system: You are a helpful assistant.
user:
Analyze the provided spectrum to determine if it is a **"Cataclysmic Variables (CV)"**.

- **Key Indicators for CV (Check for either state):**
    - **State 1: Quiescent / Low-State (Emission-Dominated)**
        - **(Primary):** Strong and *very broad* Hydrogen Balmer emission lines (e.g., $H\alpha$ at 6563 Å, $H\beta$ at 4861 Å). The 'broadness' (high velocity dispersion, often FWHM > 1000 km/s) is the key diagnostic, indicating a high-velocity accretion disk.
        - **(Secondary):** Broad neutral Helium (He I) emission lines (e.g., 5876 Å, 6678 Å).
        - **(Key Confirmation):** Presence of high-excitation *ionized* Helium (He II) emission at 4686 Å. This is a strong indicator of accretion onto a white dwarf.
        - **(Line Profile):** Emission lines may exhibit a 'double-peaked' profile, which is a classic signature of a rotating accretion disk viewed at high inclination.

    - **State 2: Outburst / High-State (Absorption-Dominated)**
        - **(Primary):** Spectrum is dominated by a bright, blue continuum (looks like a hot star).
        - **(Secondary):** The emission lines from State 1 are weak, absent, or 'filled in', and are replaced by broad, shallow *absorption* lines (primarily Balmer and He I).
        - **(Morphology):** The overall spectrum mimics a hot B/A-type star. The crucial difference is that the absorption lines are significantly broader, shallower, and more 'washed-out' (or 'smeared') than the sharp lines of a normal stellar photosphere, due to high rotational speeds and pressure broadening in the disk.

Think first, call **spectral_visualization_tool** if needed to examine features in detail, then provide your final answer. Your response must adhere to the following strict rules:
1.  **Overall Structure:** Your response must follow the format `<think>...</think> <tool_call>...</tool_call> (if a tool is used) <answer>...</answer>`.
2.  **Tool Usage Constraint:** You may only make **one** tool call per turn.
3.  **Final Answer Format:** In the `<answer>` tag, your conclusion must be inside a `\boxed{}` command (e.g., `\boxed{YES}`), followed by your justification.

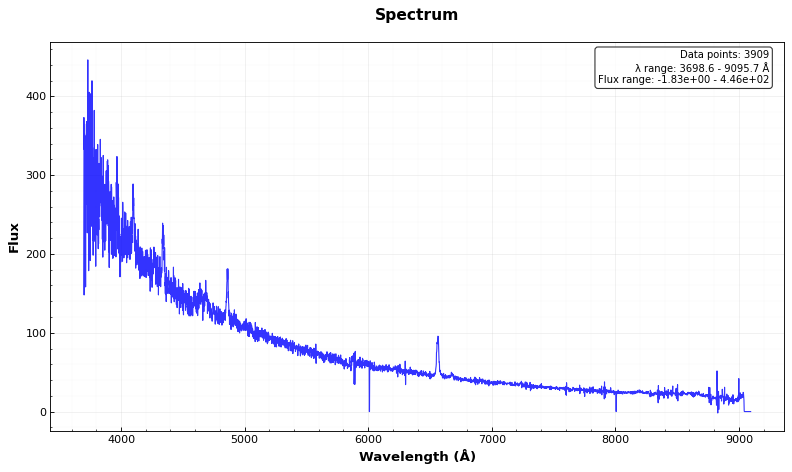
Answer: YES